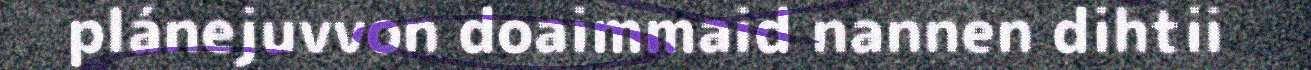
plánejuvvon doaimmaid nannen dihtii